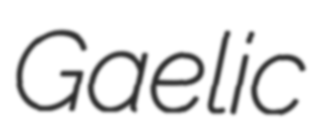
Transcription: Gaelic